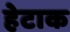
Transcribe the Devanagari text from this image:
हेटाक